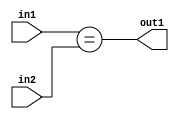
`timescale 1ps / 1ps
/*****************************************************************************
    Verilog RTL Description
    
    
    Created by: Stratus DpOpt 2019.1.01 
*******************************************************************************/

module feature_write_addr_gen_Equal_3Ux2U_1U_4_2 (
	in2,
	in1,
	out1
	); /* architecture "behavioural" */ 
input [2:0] in2;
input [1:0] in1;
output  out1;
wire  asc001;

assign asc001 = (in1==in2);

assign out1 = asc001;
endmodule

/* CADENCE  urnzSAk= : u9/ySgnWtBlWxVPRXgAZ4Og= ** DO NOT EDIT THIS LINE ******/